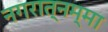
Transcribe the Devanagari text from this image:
नगरात्नम्मा